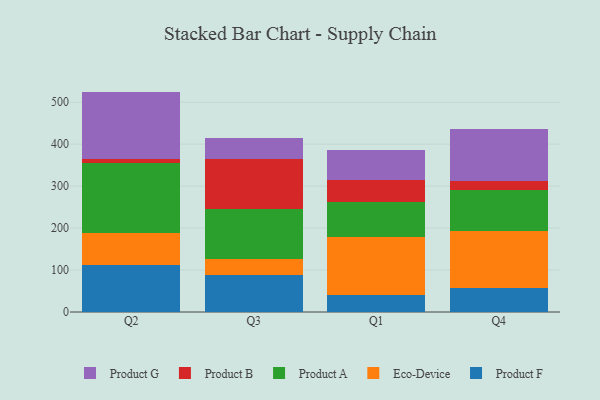
{"axis": {"x": "Quarter", "y": "Active Users"}, "legend": ["Eco-Device", "Product A", "Product B", "Product F", "Product G"], "data": [{"x": "Q2", "y": 112.2, "type": "Product F"}, {"x": "Q2", "y": 76.4, "type": "Eco-Device"}, {"x": "Q2", "y": 167.6, "type": "Product A"}, {"x": "Q2", "y": 9.5, "type": "Product B"}, {"x": "Q2", "y": 159.6, "type": "Product G"}, {"x": "Q3", "y": 87.7, "type": "Product F"}, {"x": "Q3", "y": 38.8, "type": "Eco-Device"}, {"x": "Q3", "y": 118.0, "type": "Product A"}, {"x": "Q3", "y": 119.8, "type": "Product B"}, {"x": "Q3", "y": 51.3, "type": "Product G"}, {"x": "Q1", "y": 41.5, "type": "Product F"}, {"x": "Q1", "y": 136.2, "type": "Eco-Device"}, {"x": "Q1", "y": 85.4, "type": "Product A"}, {"x": "Q1", "y": 50.6, "type": "Product B"}, {"x": "Q1", "y": 71.5, "type": "Product G"}, {"x": "Q4", "y": 56.7, "type": "Product F"}, {"x": "Q4", "y": 136.4, "type": "Eco-Device"}, {"x": "Q4", "y": 96.6, "type": "Product A"}, {"x": "Q4", "y": 21.9, "type": "Product B"}, {"x": "Q4", "y": 124.5, "type": "Product G"}]}